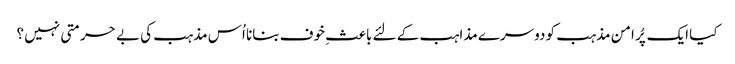
کیا ایک پُر امن مذہب کو دوسرے مذاہب کے لئے باعثِ خوف بنانا اُس مذہب کی بے حرمتی نہیں ؟